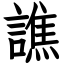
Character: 譙